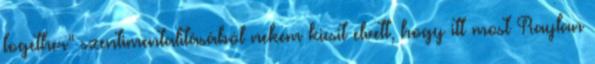
together” szentimentalitásából nekem kicsit elvett, hogy itt most Raylan